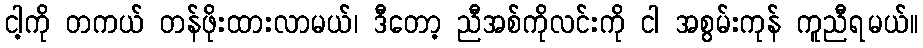
ငါ့ကို တကယ် တန်ဖိုးထားလာမယ်၊ ဒီတော့ ညီအစ်ကိုလင်းကို ငါ အစွမ်းကုန် ကူညီရမယ်။